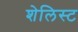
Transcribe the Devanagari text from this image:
शेलिस्ट